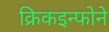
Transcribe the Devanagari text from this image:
क्रिकइन्फोने